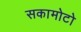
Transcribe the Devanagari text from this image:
सकामोटो